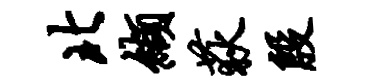
北缬荻殷